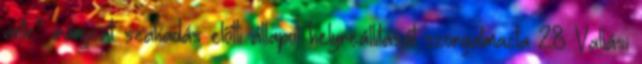
ante” irányzat: szakadás előtti állapot helyreállítását szorgalmazta 28 Vallási